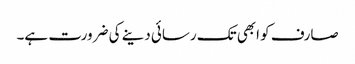
صارف کو ابھی تک رسائی دینے کی ضرورت ہے۔